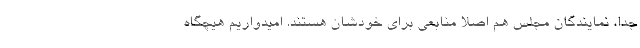
جدا، نمایندگان مجلس هم اصلا منابعی برای خودشان هستند. امیدواریم هیچگاه